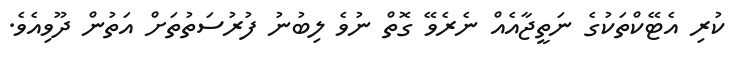
ކުރި އެޓޭކްތަކުގެ ނަތީޖާއެއް ނެރެވޭ ގޮތް ނުވެ ލިބުނު ފުރުސަތުތަށް އަތުން ދޫވިއެވެ.